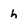
Character: h